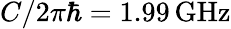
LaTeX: C/2\pi\hbar=1.99\, \mathrm{GHz}